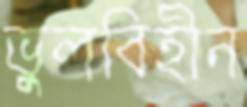
ভুলবিহীন